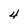
Character: 4